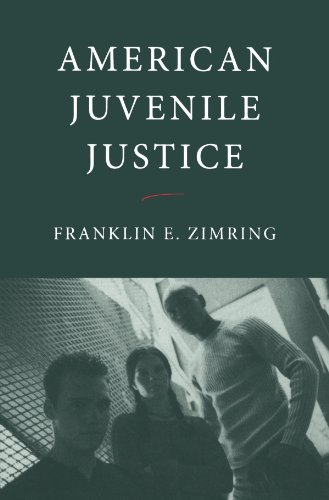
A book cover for American Juvenile Justice; Franklin E. Zimring; Law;